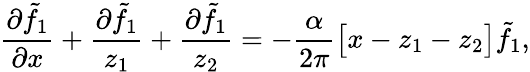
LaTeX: \frac{\partial\tilde{f}_{1}}{\partial x}+\frac{\partial\tilde{f}_{1}}{z_{1}}+\frac{\partial\tilde{f}_{1}}{z_{2}}=-\frac{\alpha}{2\pi}\big[x-z_{1}-z_{2}\big]\tilde{f}_{1},